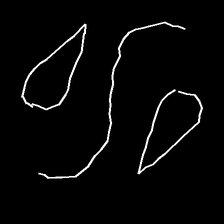
Glyph: water